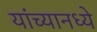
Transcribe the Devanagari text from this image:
यांच्यानध्ये